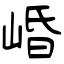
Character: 崏